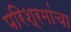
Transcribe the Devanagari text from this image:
परिश्रमांचा